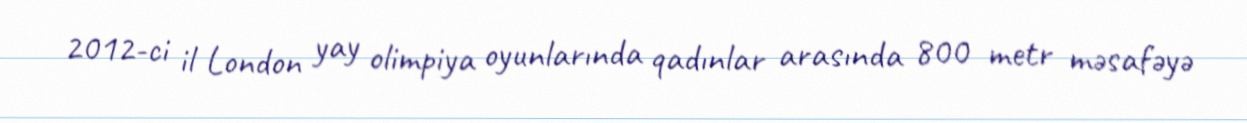
2012-ci il London yay olimpiya oyunlarında qadınlar arasında 800 metr məsafəyə